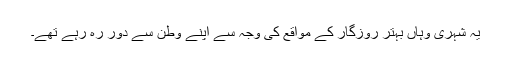
یہ شہری وہاں بہتر روزگار کے مواقع کی وجہ سے اپنے وطن سے دور رہ رہے تھے۔